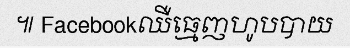
៕ Facebookឈឺធ្មេញហូបបាយ